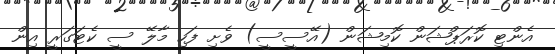
އެންޓި ކޮރަޕްޝަން ކޮމިޝަން (އޭސީސީ) ވެށި ފަހި މާލޭ ސީ ކެޓަގަރީ އިން